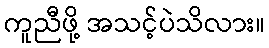
ကူညီဖို့ အသင့်ပဲသိလား။